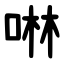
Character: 啉